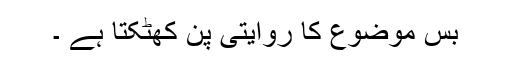
بس موضوع کا روایتی پن کھٹکتا ہے ۔